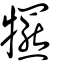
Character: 𤜑